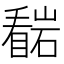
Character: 𭿠